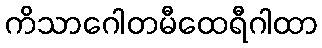
ကိသာဂေါတမီထေရီဂါထာ